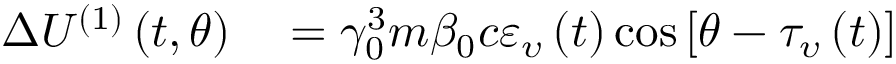
\begin{array} { r l } { \Delta U ^ { ( 1 ) } \left( t , \theta \right) } & { { } = \gamma _ { 0 } ^ { 3 } m \beta _ { 0 } c \varepsilon _ { \upsilon } \left( t \right) \cos \left[ \theta - \tau _ { \upsilon } \left( t \right) \right] } \end{array}